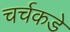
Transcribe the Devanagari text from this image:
चर्चकडे